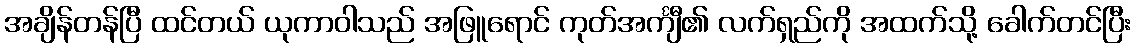
အချိန်တန်ပြီ ထင်တယ် ယုကာဝါသည် အဖြူရောင် ကုတ်အင်္ကျီ၏ လက်ရှည်ကို အထက်သို့ ခေါက်တင်ပြီး